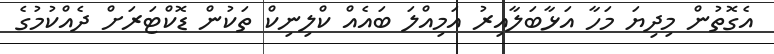
އެގޮތުން މިދިޔަ މަހާ އަޅާބަލާއިރު އަމިއްލަ ބައެއް ކްލިނިކް ތަކުން ޑޮކްޓަރަށް ދެއްކުމުގެ